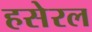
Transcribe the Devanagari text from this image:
हसेरल